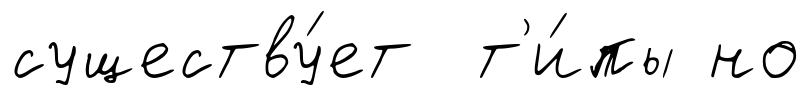
существу́ет т'и́пы но